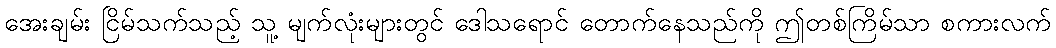
အေးချမ်း ငြိမ်သက်သည့် သူ့ မျက်လုံးများတွင် ဒေါသရောင် တောက်နေသည်ကို ဤတစ်ကြိမ်သာ စကားလက်